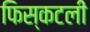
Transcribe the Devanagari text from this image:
फिस्कटली